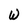
Character: W